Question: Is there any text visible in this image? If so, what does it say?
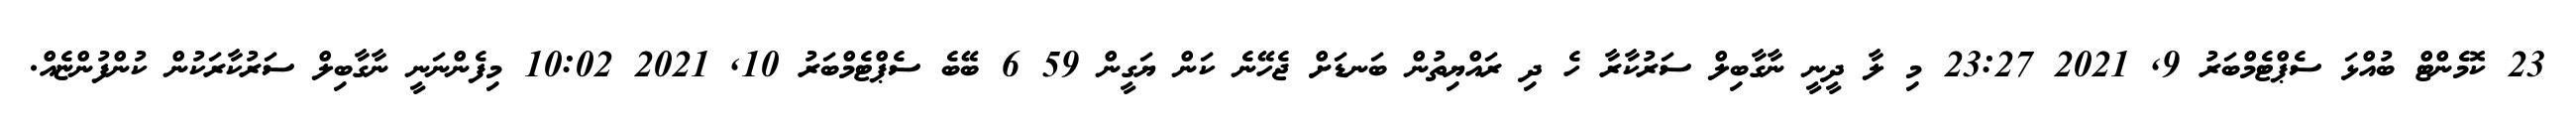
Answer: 23 ކޮމެންޓް ބުއްޅަ ސެޕްޓެމްބަރު 9, 2021 23:27 މި ލާ ދީނީ ނާގާބިލް ސަރުކާރާ ހެ ދި ރައްޔިތުން ބަނޑަށް ޖެހޭނެ ކަން ޔަގީން 59 6 ބޭބެ ސެޕްޓެމްބަރު 10, 2021 10:02 މިފެންނަނީ ނާގާބިލް ސަރުކާރަކުން ކުންފުންޏެއް.